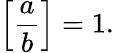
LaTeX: \left[{\frac{a}{b}}\right]=1.